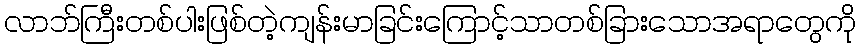
လာဘ်ကြီးတစ်ပါးဖြစ်တဲ့ကျန်းမာခြင်းကြောင့်သာတစ်ခြားသောအရာတွေကို